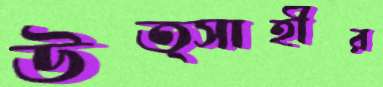
উত্সাহীর